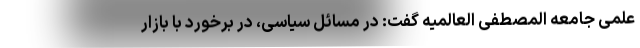
علمی جامعه المصطفی العالمیه گفت: در مسائل سیاسی، در برخورد با بازار